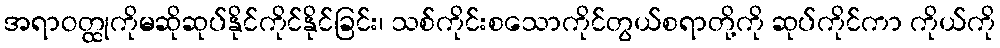
အရာဝတ္ထုကိုမဆိုဆုပ်နိုင်ကိုင်နိုင်ခြင်း၊ သစ်ကိုင်းစသောကိုင်တွယ်စရာတို့ကို ဆုပ်ကိုင်ကာ ကိုယ်ကို